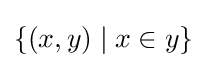
\{(x,y)\mid x\in y\}